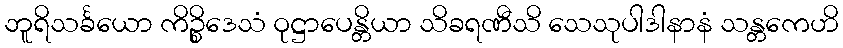
ဘူရိသင်္ခယော ကိဉ္စိဒေသံ ဝုဋ္ဌာပေန္တိယာ သိခရဏီသိ သေသုပါဒါနာနံ သန္တကေဟိ